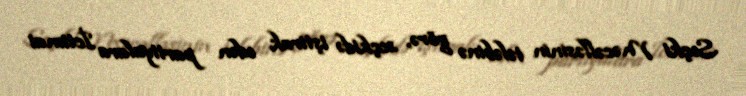
Seçki Məcəlləsinin tələbinə görə, seçkidə iştirak edən partiyalara İctimai